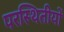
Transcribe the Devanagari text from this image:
परस्थितीयों